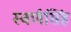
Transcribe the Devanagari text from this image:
स्वर्णसिंह